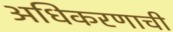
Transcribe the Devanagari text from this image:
अधिकरणाची